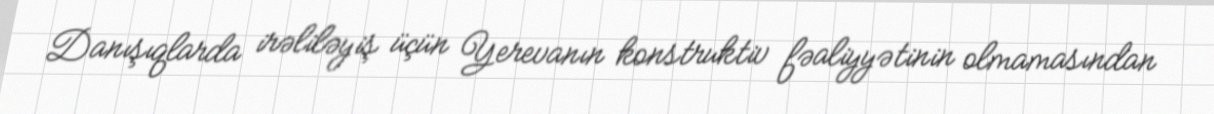
Danışıqlarda irəliləyiş üçün Yerevanın konstruktiv fəaliyyətinin olmamasından